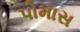
પોમાસ